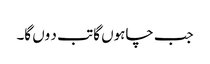
جب چاہوں گا تب د وں گا۔